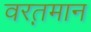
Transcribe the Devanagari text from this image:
वरत़़मान